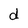
Character: d